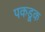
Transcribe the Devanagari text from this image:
पकडूक